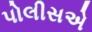
પોલીસએ